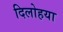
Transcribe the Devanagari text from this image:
दिलोहया